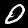
Label: 0